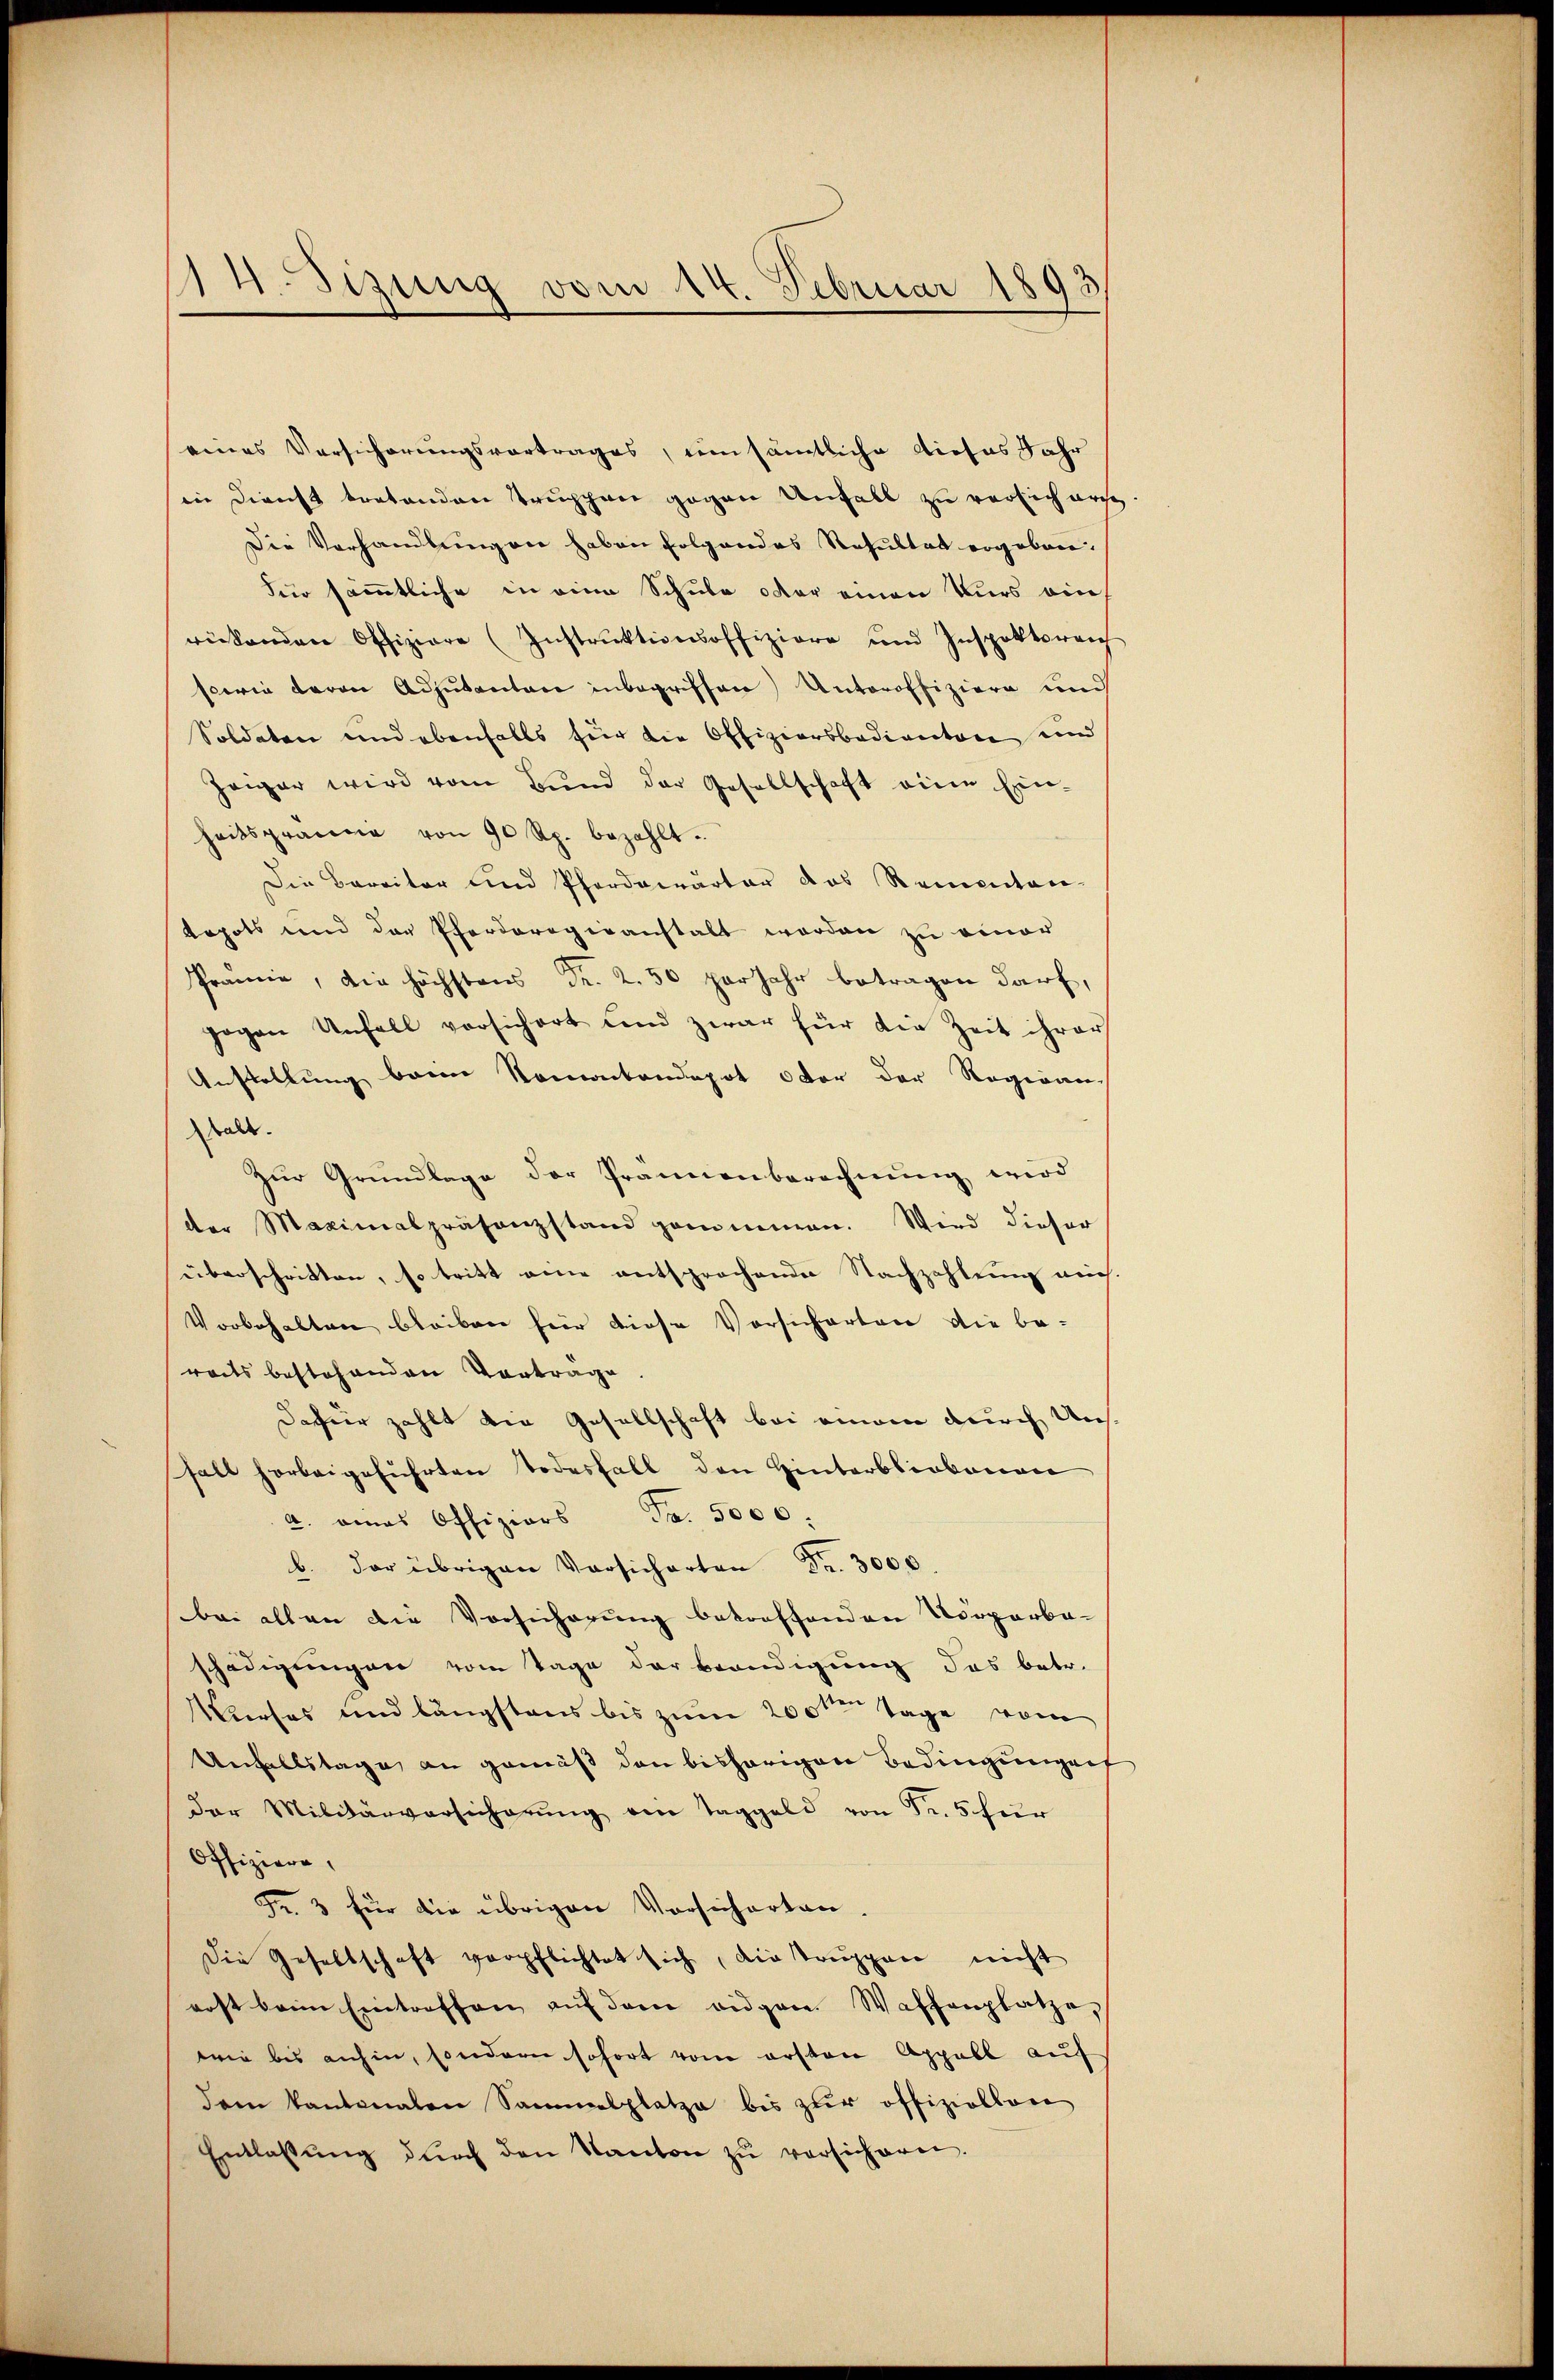
14. Sizung vom 14. Februar 1893

eines Versicherungsvortrages, um sämtliche dieses Jahr
in Dienst tretenden Truppen gegen Unfall zu versich erst
Die Vorhandlungen haben folgendes Resultat ergebore¬
Für sämmtliche in eine Schule oder einen Kurs ein
rückenden Offiziere (Instrŭktionsoffiziere und Inspektoreich
serie davon Adjutantare inbegriffen) Unteroffiziere und
Soldaten und ebenfalls für die Offiziersbadiantone und
Zeiger wird vom Bund der Gesellschaft eine Ein-
heitspraccia von 90 Rp. bezahlt.
Die Barritor und Pferdeirärter das Rementar-
tapots und der Pferderogenanstalt worden zu einer
Prämie, die höchstens Fr. 2.50 perjahr betragen darf,
gegen Unfall vorsichert und zwar für die Zeit ihrer
Anstellung baren Namentendepot oder der Regiene
alt.
Zŭr Grundlage der Frannenberechnung wird
der Maximalpräsenzstand genommen. Wird dieser
überschritten, so tritt eine entsprochender Nachzahlung auch
Vorbehalten bleiben für diese Vorsicherten die be-
reits bestehenden Vortrage
dafür zahlt die Gesellschaft bei einem durch Unssall herbeigeführten Todesfall den Hinterbliebenan
2. eines Offiziers Fr. 5000.
b. der übrigen Vorsicherten Fr. 3000
bei allen die Vorsicherung betreffenden Vorparba-
schädigungen vom Tage der Beendigung das betr.
Kurses und längstens bis zum 200sten Tage vom
Unfallstage an gemäß den bisherigen Bedingungen
der Militärversicherŭng am Taggeld von Fr. 5 für
Offiziere,
Fr. 3 für die übrigen Vorsicherten.
Die Gesellschaft verpflichtet sich, die Truppen nicht
erst beim Eintreffen aŭf dem eidgen Waffenplatze,
wie bis anhin, sondern sofort vom ersten Appell auf
dem kantonalen Sammelplatze bis zŭr offiziellen
Entlassŭng dŭrch den Kanton zŭ versicheren.